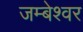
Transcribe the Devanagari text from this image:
जम्बेश्वर